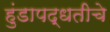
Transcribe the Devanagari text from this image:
हुंडापद्धतीचे